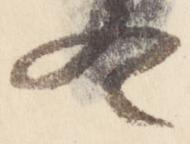
冬